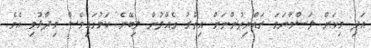
އަދި މިކަން ލަސްވާނަމަ ރައްޔިތުންނަށް އިތުރު ގެއްލުން ލިބޭނެ ކަމުގައިވެސް ވިދާޅުވި އެވެ.